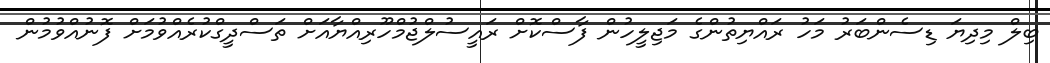
ބިލް މިދިޔަ ޑިސެންބަރު މަހު ރައްޔިތުންގެ މަޖިލީހުން ފާސްކޮށް ރައީސުލްޖުމްހޫރިއްޔާއަށް ތަސްދީގްކުރެއްވުމަށް ފޮނުއްވުމުން